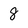
Character: 8